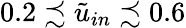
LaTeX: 0.2\precsim\tilde{u}_{in}\precsim 0.6